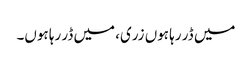
میں ڈر رہا ہوں زری، میں ڈر رہا ہوں۔